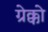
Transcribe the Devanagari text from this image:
ग्रेक्को